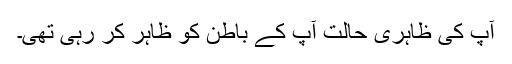
آپ کی ظاہری حالت آپ کے باطن کو ظاہر کر رہی تھی۔